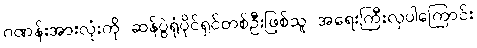
ဂဏန်းအားလုံးကို ဆန်ပွဲရုံပိုင်ရှင်တစ်ဦးဖြစ်သူ အရေးကြီးလှပါကြောင်း